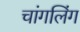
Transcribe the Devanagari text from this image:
चांगलिंग